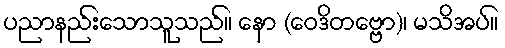
ပညာနည်းသောသူသည်။ နော (ဝေဒိတဗ္ဗော)၊ မသိအပ်။